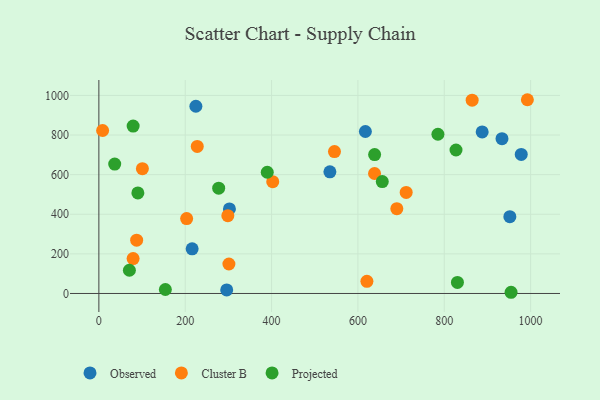
{"axis": {"x": "Investment", "y": "Fuel Efficiency"}, "legend": ["Cluster B", "Observed", "Projected"], "data": [{"x": "978.3", "y": 701.9, "type": "Observed"}, {"x": "296.1", "y": 18.1, "type": "Observed"}, {"x": "535.1", "y": 614.3, "type": "Observed"}, {"x": "617.3", "y": 817.8, "type": "Observed"}, {"x": "933.7", "y": 781.6, "type": "Observed"}, {"x": "887.8", "y": 815.7, "type": "Observed"}, {"x": "302.4", "y": 426.7, "type": "Observed"}, {"x": "216.0", "y": 225.6, "type": "Observed"}, {"x": "951.9", "y": 387.9, "type": "Observed"}, {"x": "224.7", "y": 945.3, "type": "Observed"}, {"x": "203.3", "y": 378.4, "type": "Cluster B"}, {"x": "227.9", "y": 742.5, "type": "Cluster B"}, {"x": "711.8", "y": 510.5, "type": "Cluster B"}, {"x": "8.7", "y": 823.0, "type": "Cluster B"}, {"x": "402.7", "y": 564.3, "type": "Cluster B"}, {"x": "690.1", "y": 428.2, "type": "Cluster B"}, {"x": "545.7", "y": 716.3, "type": "Cluster B"}, {"x": "620.8", "y": 61.3, "type": "Cluster B"}, {"x": "298.7", "y": 392.7, "type": "Cluster B"}, {"x": "100.8", "y": 630.1, "type": "Cluster B"}, {"x": "992.5", "y": 978.3, "type": "Cluster B"}, {"x": "79.3", "y": 176.4, "type": "Cluster B"}, {"x": "864.6", "y": 976.0, "type": "Cluster B"}, {"x": "638.5", "y": 605.9, "type": "Cluster B"}, {"x": "301.2", "y": 148.9, "type": "Cluster B"}, {"x": "87.5", "y": 269.3, "type": "Cluster B"}, {"x": "36.7", "y": 653.5, "type": "Projected"}, {"x": "277.5", "y": 531.8, "type": "Projected"}, {"x": "154.0", "y": 20.2, "type": "Projected"}, {"x": "638.7", "y": 701.2, "type": "Projected"}, {"x": "954.7", "y": 6.1, "type": "Projected"}, {"x": "656.4", "y": 565.1, "type": "Projected"}, {"x": "90.3", "y": 507.5, "type": "Projected"}, {"x": "79.4", "y": 845.5, "type": "Projected"}, {"x": "827.2", "y": 724.5, "type": "Projected"}, {"x": "70.7", "y": 117.2, "type": "Projected"}, {"x": "390.0", "y": 612.2, "type": "Projected"}, {"x": "785.3", "y": 803.9, "type": "Projected"}, {"x": "830.5", "y": 55.8, "type": "Projected"}]}